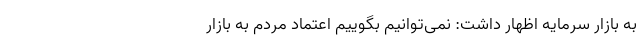
به بازار سرمایه اظهار داشت: نمی‌توانیم بگوییم اعتماد مردم به بازار